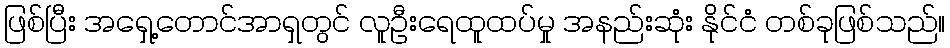
ဖြစ်ပြီး အရှေ့တောင်အာရှတွင် လူဦးရေထူထပ်မှု အနည်းဆုံး နိုင်ငံ တစ်ခုဖြစ်သည်။